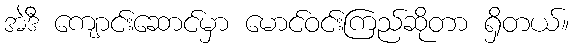
အဲဒီ ကျောင်းဆောင်မှာ မောင်ဝင်းကြည်ဆိုတာ ရှိတယ်။